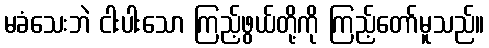
မခံသေးဘဲ ငါးပါးသော ကြည့်ဖွယ်တို့ကို ကြည့်တော်မူသည်။